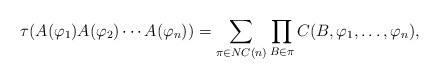
\begin{align*}\tau(A(\varphi_1)A(\varphi_2)\dotsm A(\varphi_n))=\sum_{\pi\in{NC}(n)}\prod_{B\in\pi}C(B,\varphi_1,\dots,\varphi_n),\end{align*}